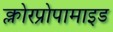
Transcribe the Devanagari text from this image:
क्लोरप्रोपामाइड